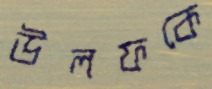
উলফকে